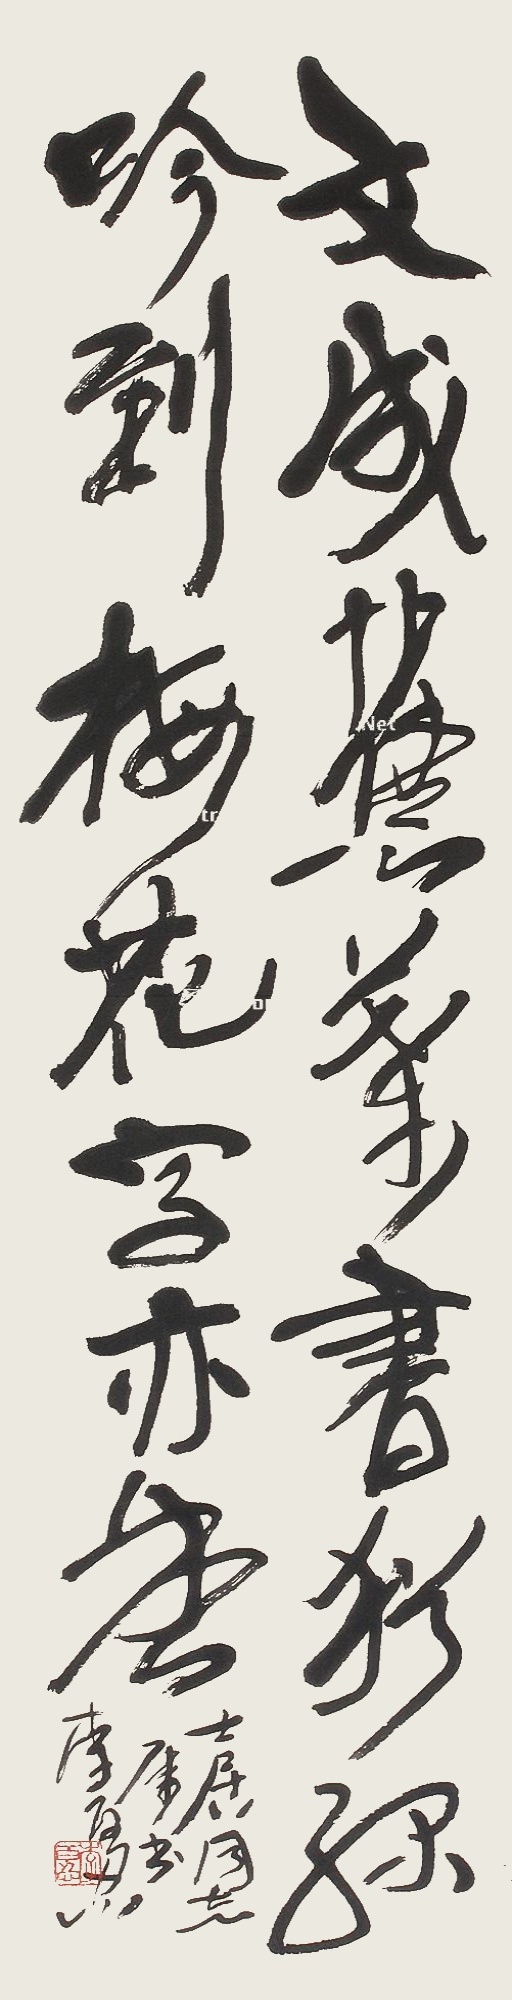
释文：文成蕉叶书犹绿，吟到梅花字亦香。士居同志属书，李百忍。